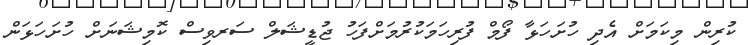
ކުރިން މިކަމަށް އެދި ހުށަހަޅާ ފޯމް ފުރިހަމަކުރުމަށްފަހު ޖުޑީޝަލް ސަރވިސް ކޮމިޝަނަށް ހުށަހަޅަން